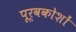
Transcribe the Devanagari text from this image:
पूर्वकोशों